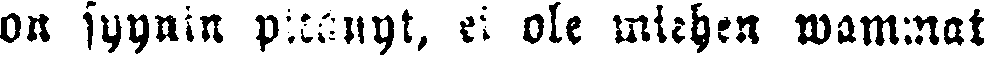
on syynin pitänyt, ei ole miehen wammat